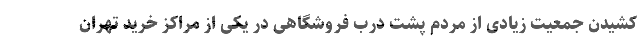
کشیدن جمعیت زیادی از مردم پشت درب فروشگاهی در یکی از مراکز خرید تهران